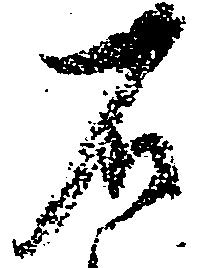
石